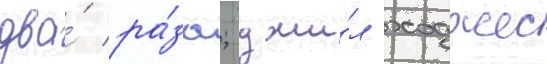
два́ ра́за; джи́л ходжес